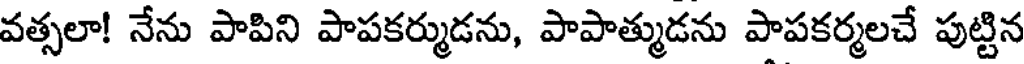
వత్సలా! నేను పాపిని పాపకర్ముడను, పాపాత్ముడను పాపకర్మలచే పుట్టిన